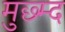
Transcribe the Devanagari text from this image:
मुछ्म्द